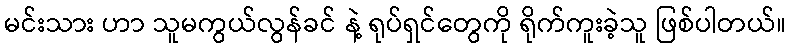
မင်းသား ဟာ သူမကွယ်လွန်ခင် နဲ့ ရုပ်ရှင်တွေကို ရိုက်ကူးခဲ့သူ ဖြစ်ပါတယ်။